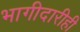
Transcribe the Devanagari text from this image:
भागीदारीही